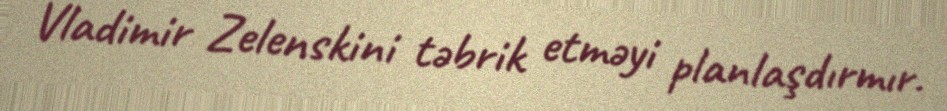
Vladimir Zelenskini təbrik etməyi planlaşdırmır.